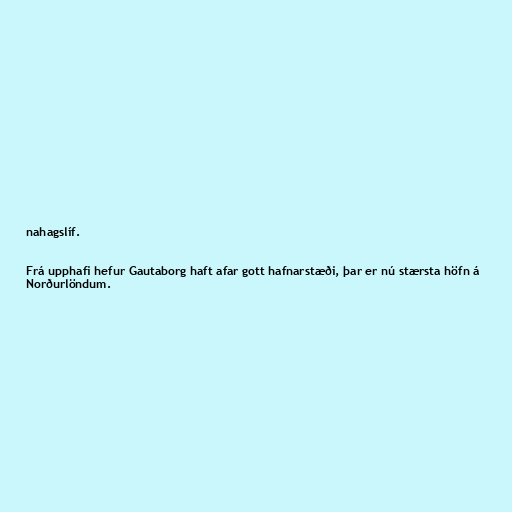
nahagslíf.

Frá upphafi hefur Gautaborg haft afar gott hafnarstæði, þar er nú stærsta höfn á
Norðurlöndum.